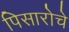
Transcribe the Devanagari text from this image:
पिसारोचे